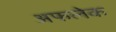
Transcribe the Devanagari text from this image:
अफलेक